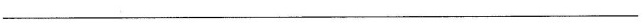
________________